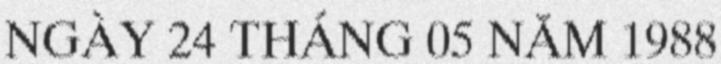
NGÀY 24 THÁNG 05 NĂM 1988